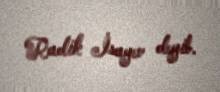
Radik İsayev deyib.